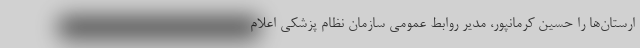
ارستان‌ها را حسین کرمانپور، مدیر روابط‌ عمومی سازمان نظام پزشکی اعلام